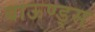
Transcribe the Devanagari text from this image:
बाऊण्ड्स